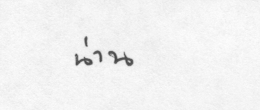
น่าน